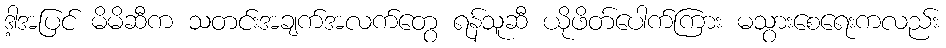
ဒါ့အပြင် မိမိဆီက သတင်းအချက်အလက်တွေ ရန်သူဆီ ယိုဖိတ်ပေါက်ကြား မသွားစေရေးကလည်း